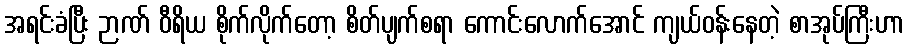
အရင်းခံပြီး ဉာဏ် ဝီရိယ စိုက်လိုက်တော့ စိတ်ပျက်စရာ ကောင်းလောက်အောင် ကျယ်ဝန်းနေတဲ့ စာအုပ်ကြီးဟာ